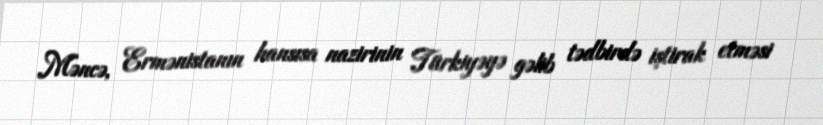
Məncə, Ermənistanın hansısa nazirinin Türkiyəyə gəlib tədbirdə iştirak etməsi